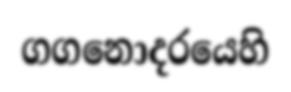
ගගනොදරයෙහි